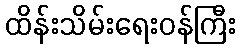
ထိန်းသိမ်းရေးဝန်ကြီး